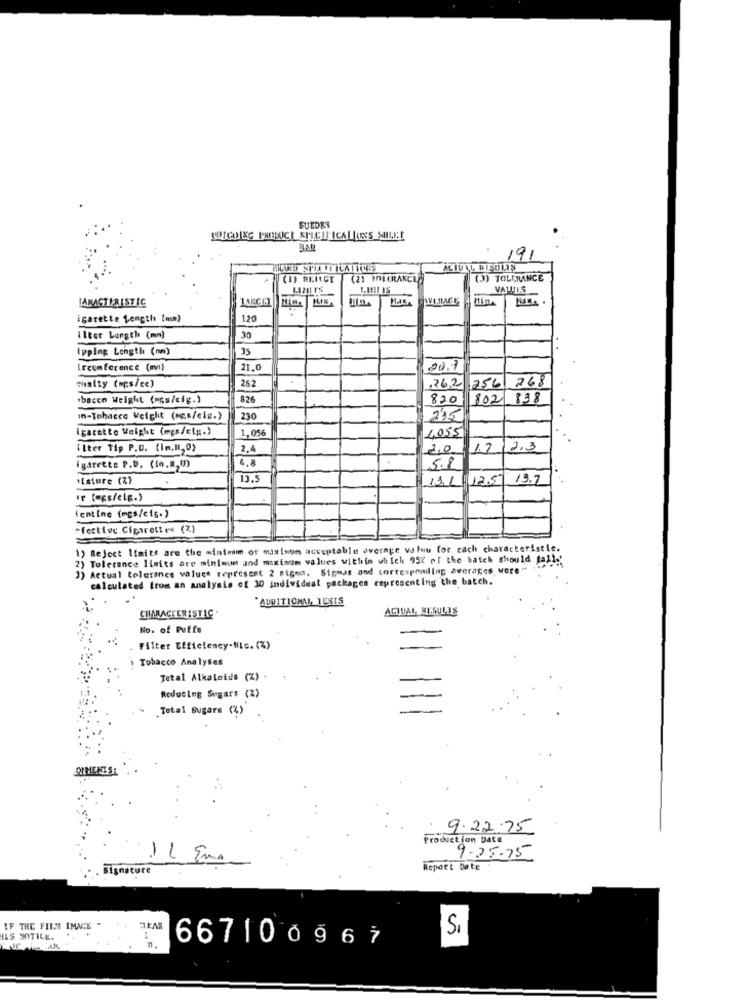
SUEDES
191
(I) REACT
(2) POLCRAKCL
(3) TOLERANCE
VALUES
LARACTERISTIC
LARGEY
igarette Length (um)
120
ilter Length (mm)
30
ipping Length (nm)
35
LEcun ference (m)
21.0
20.7
262
.262 256 268
"haity (wcs/ce)
*bacco Weight (mas/cig.)
826
820
802 838
In-Tobacco Weight (ogs/cig.)
230
275
igacette Weight (mgs/etg.)
1.05€
4055
ILter Tip P.D. (in.Il,0)
2.4
20
17 2,3
4.8
igårects P.D. (10.020)
5.8
'Isture (%)
13.5
12.5 19.7
ientine (mes/cig.)
"fective Cigaretten (7)
1) Reject limits are the mintenim or maxisom acceptable average valeu for each characteristic.
2) Tolerance limits are minimum und mixisum values within which 95% of the batch should fall.'
3) Actual tolerance values represent 2 sigeo. Sigmas and corresponding averages were " .
calculated from an analysis of 30 individual packages representing the batch.
"AUDITIONML, TESIS
ACTUAL RESULTS
No. of Puffs
Filter Efficiency-NLc. (%)
Tobacco Analyses
Total Alkaloids (Z)
Reducing Sugars (Z)
Total Sugars (%)
PIMENTS:
9.22.75
Production Date
-
9-25-75
Signature
Report Date
IF THE FILM IMNIE "
1.PAR
Si
HILS STILE.
667100967